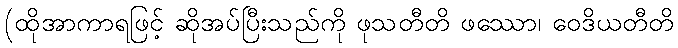
(ထိုအာကာရဖြင့် ဆိုအပ်ပြီးသည်ကို ဖုသတီတိ ဖဿော၊ ဝေဒိယတီတိ